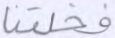
فخلقنا